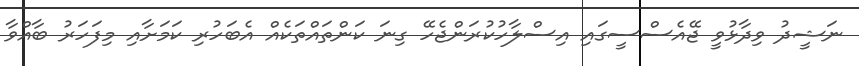
ނަޝީދު ވިދާޅުވީ ޖޭއެސްސީގައި އިސްލާހުކުރަންޖެހޭ ގިނަ ކަންތައްތަކެއް އެބަހުރި ކަމަށާއި މިފަހަރު ބާއްވާ